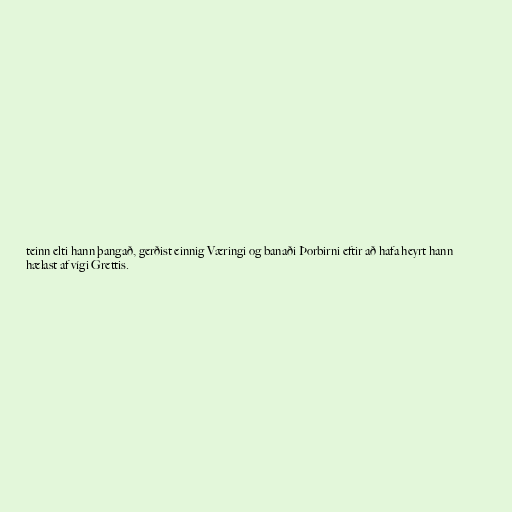
teinn elti hann þangað, gerðist einnig Væringi og banaði Þorbirni eftir að hafa heyrt hann
hælast af vígi Grettis.